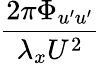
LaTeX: \frac{2\pi\Phi_{u^{\prime}u^{\prime}}}{\lambda_{x}U^{2}}